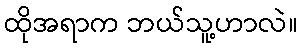
ထိုအရာက ဘယ်သူ့ဟာလဲ။